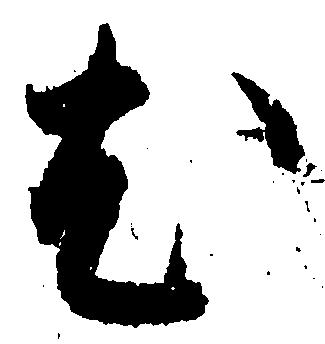
尤